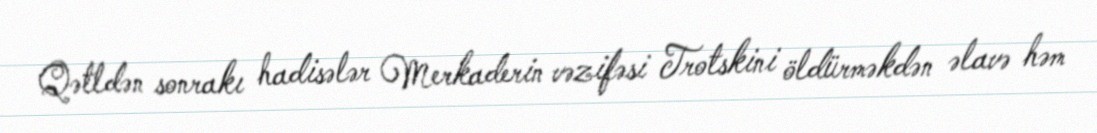
Qətldən sonrakı hadisələr Merkaderin vəzifəsi Trotskini öldürməkdən əlavə həm